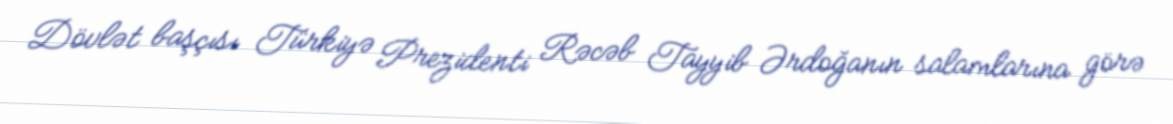
Dövlət başçısı Türkiyə Prezidenti Rəcəb Tayyib Ərdoğanın salamlarına görə